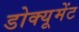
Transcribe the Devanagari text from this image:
डोक्यूमेंट